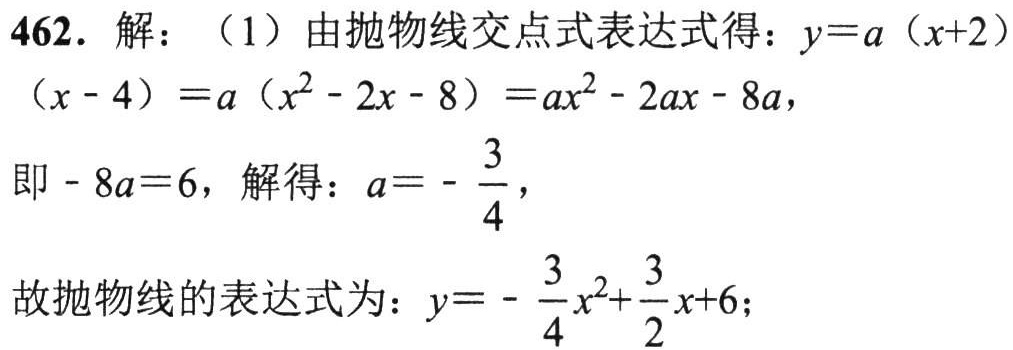
462. 解：（1）由抛物线交点式表达式得：\(y = a(x + 2)(x - 4)=a(x^{2}-2x - 8)=ax^{2}-2ax - 8a\)，
即\(-8a = 6\)，解得：\(a=-\frac{3}{4}\)，
故抛物线的表达式为：\(y = -\frac{3}{4}x^{2}+\frac{3}{2}x + 6\)；